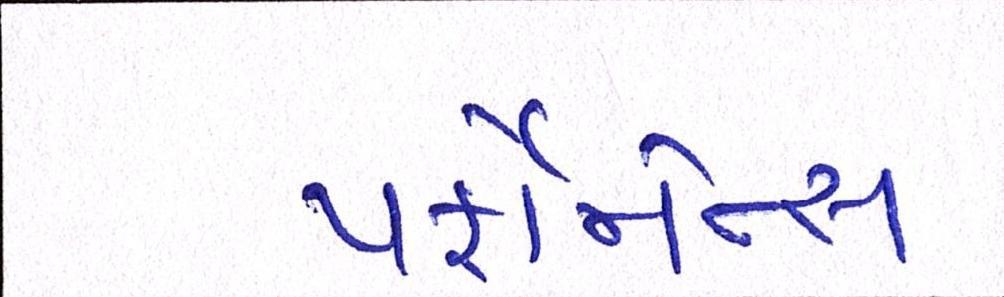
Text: પર્ફોર્મન્સ